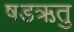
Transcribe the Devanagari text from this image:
षडऋतु